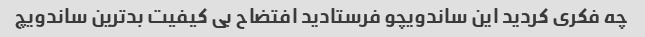
چه فکری کردید این ساندویچو فرستادید افتضاح بی کیفیت بدترین ساندویچ